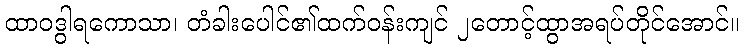
ထာဝဒွါရကောသာ၊ တံခါးပေါင်၏ထက်ဝန်းကျင် ၂တောင့်ထွာအရပ်တိုင်အောင်။